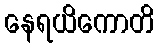
နေရယိကောတိ